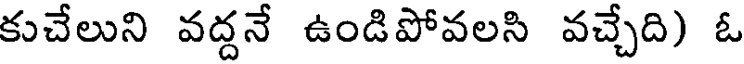
కుచేలుని వద్దనే ఉండిపోవలసి వచ్చేది) ఓ